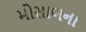
મોસાળના